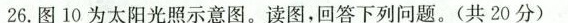
26.图10为太阳光照示意图。读图，回答下列问题。(共20分)